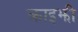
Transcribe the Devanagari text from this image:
क्राइझी